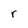
Character: r